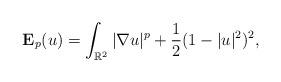
LaTeX: \begin{align*} {\mathbf E}_p(u)=\int_{\mathbb{R}^2}|\nabla u|^p+\frac{1}{2}(1-|u|^2)^2, \end{align*}